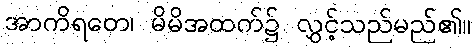
အာကိရတေ၊ မိမိအထက်၌ လွှင့်သည်မည်၏။